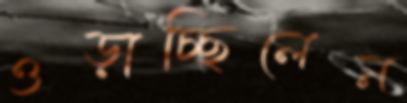
ওড়াচ্ছিলেন